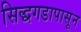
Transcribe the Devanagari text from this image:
सिद्धगडापासून